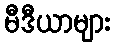
မီဒီယာများ